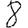
Digit: 8